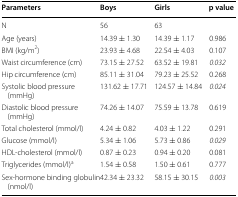
| Parameters | Boys | Girls | p value |
 | --- | --- | --- | --- |
 | N | 56 | 63 |  |
 | Age (years) | 14.39 ± 1.30 | 14.39 ± 1.17 | 0.986 |
 | BMI (kg/m2) | 23.93 ± 4.68 | 22.54 ± 4.03 | 0.107 |
 | Waist circumference (cm) | 73.15 ± 27.52 | 63.52 ± 19.81 | 0.032 |
 | Hip circumference (cm) | 85.11 ± 31.04 | 79.23 ± 25.52 | 0.268 |
 | Systolic blood pressure (mmHg) | 131.62 ± 17.71 | 124.57 ± 14.84 | 0.024 |
 | Diastolic blood pressure (mmHg) | 74.26 ± 14.07 | 75.59 ± 13.78 | 0.619 |
 | Total cholesterol (mmol/l) | 4.24 ± 0.82 | 4.03 ± 1.22 | 0.291 |
 | Glucose (mmol/l) | 5.34 ± 1.06 | 5.73 ± 0.86 | 0.029 |
 | HDL-cholesterol (mmol/l) | 0.87 ± 0.23 | 0.94 ± 0.20 | 0.081 |
 | Triglycerides (mmol/l)a | 1.54 ± 0.58 | 1.50 ± 0.61 | 0.777 |
 | Sex-hormone binding globulin (nmol/l) | 42.34 ± 23.32 | 58.15 ± 30.15 | 0.003 |